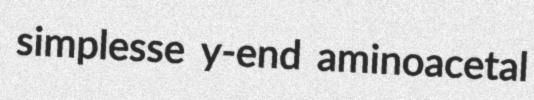
simplesse y-end aminoacetal